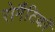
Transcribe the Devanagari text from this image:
रोमैंटिकों